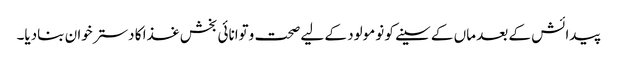
پیدائش کے بعد ماں کے سینے کو نومولود کے لیے صحت وتوانائی بخش غذا کا دسترخوان بنادیا۔